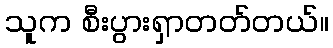
သူက စီးပွားရှာတတ်တယ်။